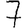
Digit: 7